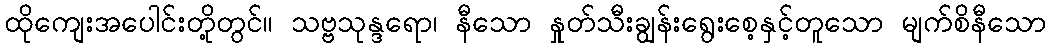
ထိုကျေးအပေါင်းတို့တွင်။ သဗ္ဗသုန္ဒရော၊ နီသော နှုတ်သီးချွန်းရွေးစေ့နှင့်တူသော မျက်စိနီသော